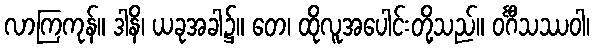
လာကြကုန်။ ဒါနိ၊ ယခုအခါ၌။ တေ၊ ထိုလူအပေါင်းတို့သည်။ ဝင်္ဂီသဿဝါ၊